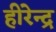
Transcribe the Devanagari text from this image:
हीरेन्द्र